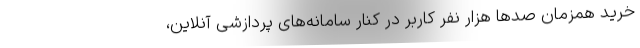
خرید همزمان صدها هزار نفر کاربر در کنار سامانه­های پردازشی آنلاین،